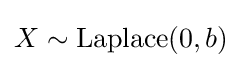
X\sim {\textrm {Laplace}}(0,b)